Civil Veterinary Department. Madras. Admin. report 1910-25 - 1910-1925
Year: 1910
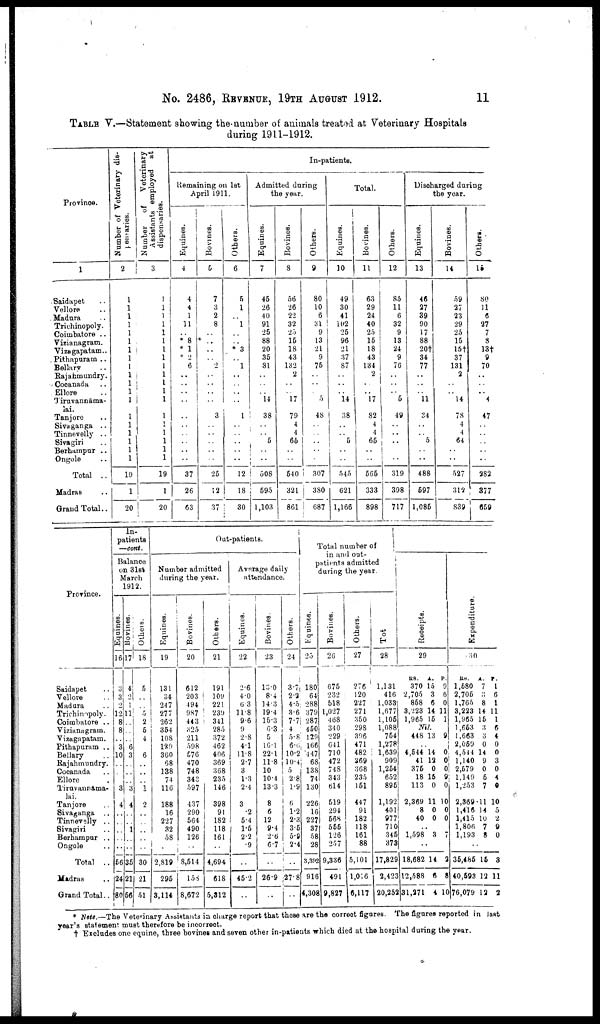
No. 2486, REVENUE, 19TH AUGUST 1912.
11
TABLE V.—Statement showing the number of animals treated at Veterinary Hospitals
during 1911-1912.
Province.
1
Saidapet
Vellore
Madura
Trichinopoly.
Coimbatore ..
Vizianagram.
Vizagapatam..
Pithapuram ..
Bellary
Rajahmundry.
Cocanada
Ellore
Tiruvannama-
lai.
Tanjore
Sivaganga ..
Tinnevelly ..
Sivagiri
Berhampur ..
Ongole
Total ..
Madras
Grand Total..
Number of Veterinary dis
ies.
2
1
1
1
1
1
1
1
1
1
1
1
1
1
1
1
1
1
1
1
19
1
20
Number
of
Veterinary
Assistants employed
at
dispensaries.
3
1
1
1
1
1
1
1
1
1
1
1
1
1
1
1
1
1
1
1
19
1
20
In-patients.
Remaining on 1st
April 1911.
Equines.
4
4
4
1
11
..
* 8
* 1
* 2
6
..
..
..
..
..
..
..
..
..
..
37
26
63
Bovines.
5
7
3
2
8
..
*..
..
..
2
..
..
..
..
3
..
..
..
..
..
25
12
37
Others.
6
5
1
..
1
..
..
* 3
..
1
..
..
..
..
1
..
..
..
..
..
12
18
30
Admitted during
the year.
Equines.
7
45
26
40
91
25
88
20
35
81
..
..
..
14
38
..
..
5
..
..
508
595
1,103
Bovines.
8
56
26
22
32
25
15
18
43
132
2
..
..
17
79
4
4
66
..
..
540
321
861
Others.
9
80
10
6
31
9
13
21
9
75
..
..
..
5
48
..
..
..
..
..
307
I 380
687
Total.
Equines.
10
49
30
41
102
25
96
21
37
87
..
..
..
14
38
..
..
5
..
..
545
621
1,166
Bovines.
11
63
29
24
40
25
15
18
43
134
2
..
..
17
82
4
4
65
..
..
565
333
898
Others.
12
85
11
6
32
9
13
24
9
76
..
..
..
0
49
..
..
..
..
..
319
398
717
Discharged during
the year.
Equines.
13
46
27
39
90
17
88
20†
34
77
..
..
..
11
34
..
..
5
..
..
488
597
1.085
Bovines.
14
59
27
23
29
25
15
15†
37
131
2
..
..
14
78
4
4
64
..
..
527
312
839
Others.
15
80
11
6
27
7
8
13†
9
70
..
..
..
4
47
..
..
..
..
..
282
377
659
Province.
Saidapet
Vellore
Madura
Trichinopoly.
Coi,batore ..
Vizianagratn.
Vizagapatam.
Pithapuram ..
Bellary
Rajahmundry.
Cocanada
Ellore
Tiruvannāma-
lai.
Tanjore
Sivaganga
Tinnevelly ..
Sivaeriri
Berhampur ..
Ongole
Total
..
Madras
Grand Total..
ln-
patients
—cont.
Balance
on 31st
March
1912.
Equines.
|
16
3
3
2
12
8
8
..
3
10
..
..
..
3
4
..
..
..
..
..
66
24
80
Bovines.
17
4
2
1
11
..
..
..
6
3
..
..
..
3
4
..
..
1
..
..
35
21
56
Others.
18
5
5
2
5
4
..
6
..
..
..
1
2
..
..
..
..
..
30
21
51
Out-patients.
Number admitted
during the year.
Equines.
19
131
34
24 7
277
262
354
108
189
360
68
138
74
11G
188
16
227
32
58
..
2,819
295
3,114
Bovines.
20
612
203
494
987
443
325
211
598
576
470
748
343
597
437
290
564
490
126
..
8,514
158
8,672
Others.
21
191
109
221
239
341
285
372
462
406
369
368
235
146
398
91
182
118
161
..
4,694
618
5,312
Average daily
attendance.
Equines.
22
2.6
4.0
6 3
11.8
9.6
9
2.8
4.1
11.8
2.7
3
1.3
2.4
3
.2
5.4
1.5
2.2
.9
..
45.2
..
Bovines.
23
13.0
8.4
14.3
19.4
15.3
6.3
5
16.l
22.1
11.8
10
10.4
13.3
8
6
12
9.4
2.6
6.7
..
26.9
..
Others.
24
3.7
2.2
4.5
3.6
7.7
4
5.8
6.6
10.2
10.4
5
2.8
1.9
6
1.2
2.3
3.6
5.8
2.4
..
27.8
..
Total number of
in and out
patients admitted
during the year.
Equines.
25
180
64
288
379
287
450
129
166
447
68
138
74
130
226
16
227
37
58
28
3,302
916
4,308
Bovines.
26
675
232
518
1,027
468
34 0
229
641
710
472
748
343
614
519
294
568
555
126
257
9,336
491
9,827
Others.
27
276
120
227
271
350
298
396
471
482
369
368
235
151
447
91
182
118
161
88
5,101
1,016
6,117
Tot
28
1,131
416
1,033
1,677
1,105
1,088
754
1,278
1,639
909
1,254
652
895
1,192
401
977
710
345
373
17,829
2,423
20,252
Receipts.
29
RS.
370
2,705
868
3,223
1,965
A.
15
3
6
14
15
P.
9
6
0
11
1
Nil.
448 13 9
..
4,544
41
375
18
113
2,369
8
40
14
12
0
15
0
11
0
0
0
0
0
9
0
10
0
0
..
1,598 3 7
..
18,682
12,588
31,271
14
6
4
2
8
10
Expenditure.
30
RS.
1,580
2,705
1,765
3,223
1.965
1,653
1,663
2,059
4,544
1,140
2,579
1.149
1,253
2,369
1,416
1,415
1,806
1,193
A.
7
3
8
14
15
3
3
0
14
9
0
5
7
11
14
10
7
8
p.
1
6
1
11
1
6
4
0
0
3
0
4
0
10
5
2
9
0
..
35,485
40,593
76,079
15
12
12
3
11
2
* Note.— The Veterinary Assistants in charge report that these are the correct figures. The figures reported in last
year's statement must therefore be incorrect.
† Excludes one equine, three bovines and seven other in-patients which died at the hospital during the year.